Report on vaccination in Madras 1877-1894 - 1877-1894
Year: 1877
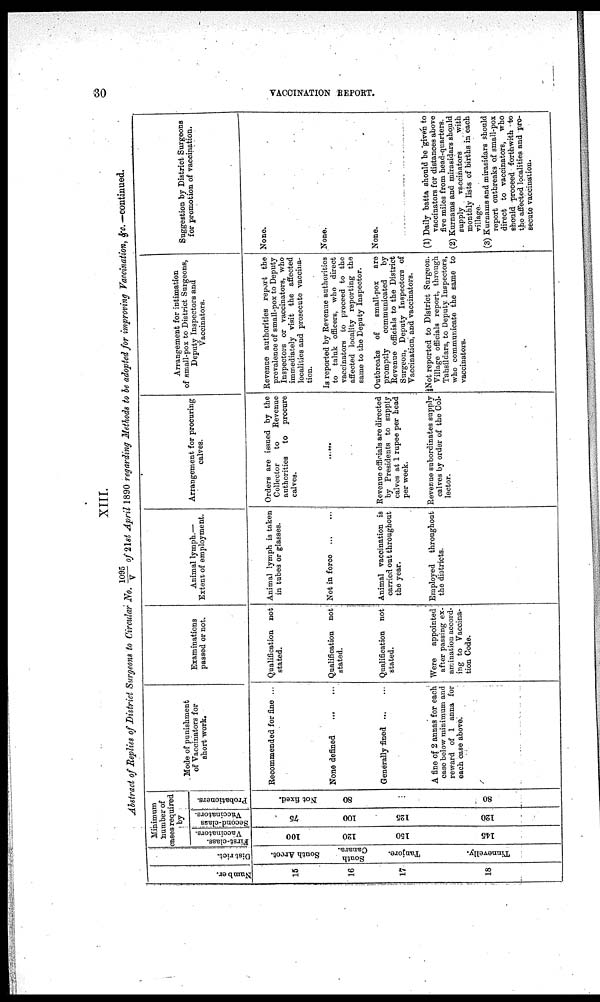
30
VACCINATION REPORT.
XIII.
Abstract of Replies of District Surgeons to Circular No. 1095/V of 21st April 1890 regarding Methods to be adopted for improving Vaccination, &c. — continued
Number.
15
16
17
18
District.
South Arcot.
South
Canara.
Tanjore.
Tinnevelly.
Minimum
number of
oases required
by
First-class.
Vaccinators.
100
120
150
145
Second-class
Vaccinators.
75
100
125
120
Probationers.
Not fixed.
80
...
80
Mode of punishment
of Vaccinators for
short work.
Recommended for fine ...
None defined
Generally fined
A fine of 2 annas for each
case below minimum and
reward of 1 anna for
each case above;
Examinations
passed or not.
Qualification not
stated.
Qualification not
stated.
Qualification not
stated.
Were
appointed
after passing ex-
amination accord-
ing to Vaccina-
tion Code.
Animal lymph.—
Extent of employment.
Animal lymph is taken
in tubes or glasses.
Not in force
Animal vaccination is
carried out throughout
the year.
Employed throughout
the districts.
Arrangement for procuring
calves.
Orders are issued by the
Collector
to
Revenue
authorities
to procure
calves.
......
Revenue officials are directed
by Presidents to supply
calves at 1 rupee per head
per week.
Revenue subordinates supply
calces by order of the Col-
lector.
Arrangement for intimation
of small-pox to District Surgeons,
Deputy Inspectors and
Vaccinators.
Revenue authorities report the
prevalence of small-pox to Deputy
Inspectors or vaccinators, who
immediately visit the affected
localities and prosecute vaccina-
tion.
Is reported by Revenue authorities
to taluk officers, who direct
vaccinators to proceed to the
affected locality reporting the
same to the Deputy Inspector.
Outbreaks of
small-pox are
promptly
communicated
by
Revenue officials to the District
Surgeon, Deputy Inspectors of
Vaccination, and vaccinators.
(Not reported to District Surgeon.
Village officials report, through
Tahsildars, to Deputy Inspectors,
who communicate the same to
vaccinators.
Suggestion by District Surgeons
for promotion of vaccination.
None.
None.
None.
(1) Daily batta should be given to
vaccinators for distances above
five miles from head-quarters.
(2) Kurnams and mirasidars should
supply
vaccinators
with
monthly lists of births in each
village.
(3) Kurnams and mirasidars should
report outbreaks of small-pox
direct to vaccinators, who
should proceed forthwith to
the affected localities and pro-
secute vaccination.